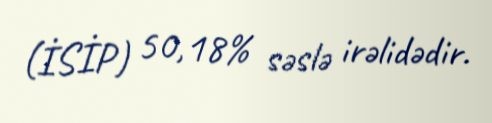
(İSİP) 50,18% səslə irəlidədir.